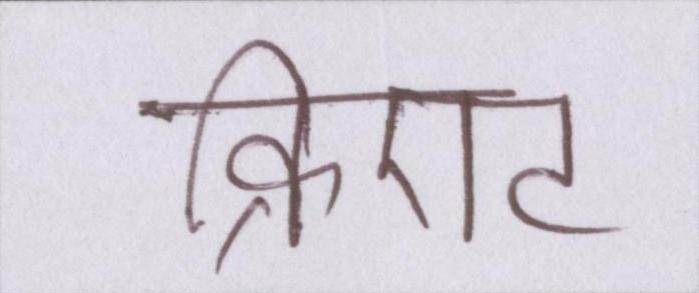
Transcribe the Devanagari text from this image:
क्रिएट